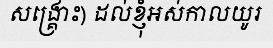
សង្គ្រោះ) ដល់ខ្ញុំអស់កាលយូរ